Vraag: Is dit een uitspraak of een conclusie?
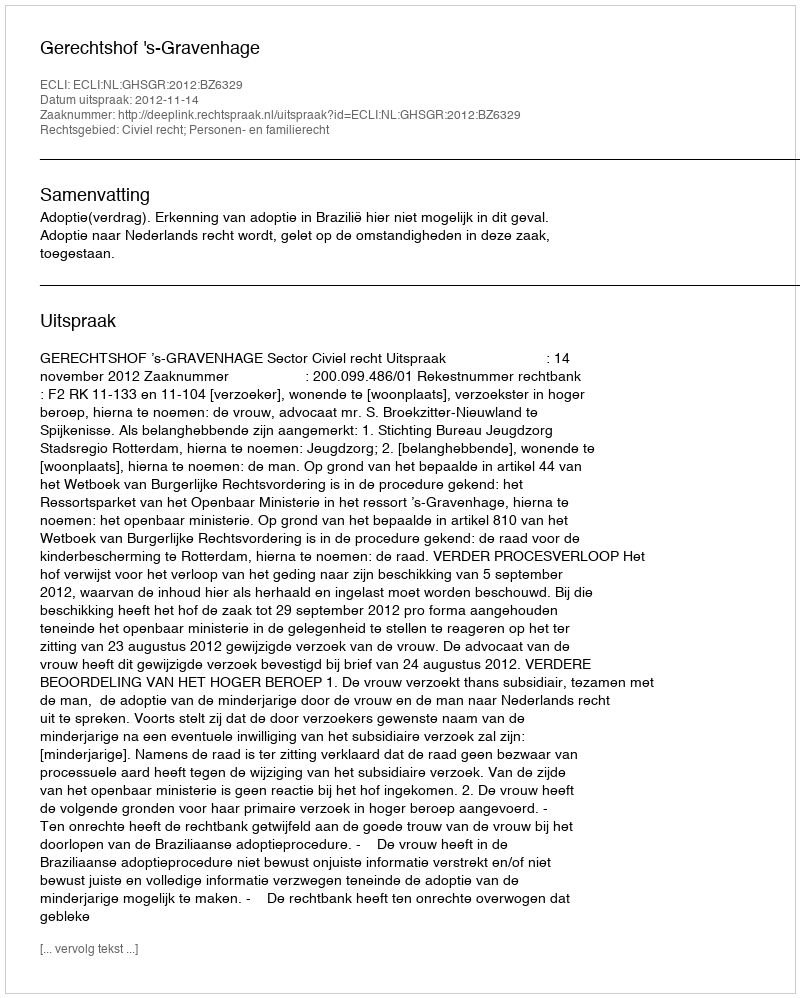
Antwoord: Uitspraak